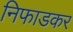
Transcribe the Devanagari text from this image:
निफाडकर